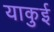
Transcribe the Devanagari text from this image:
याकुई